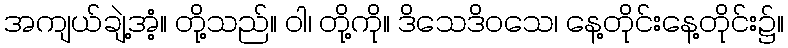
အကျယ်ချဲ့အံ့။ တို့သည်။ ဝါ၊ တို့ကို။ ဒိသေဒိဝသေ၊ နေ့တိုင်းနေ့တိုင်း၌။